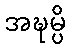
အဍ္ဎမ္ပိ